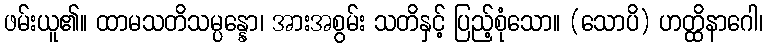
ဖမ်းယူ၏။ ထာမသတိသမ္ပန္နော၊ အားအစွမ်း သတိနှင့် ပြည့်စုံသော။ (သောပိ) ဟတ္ထိနာဂေါ၊